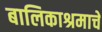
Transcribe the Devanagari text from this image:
बालिकाश्रमाचे